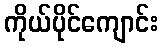
ကိုယ်ပိုင်ကျောင်း